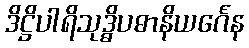
ဒိဋ္ဌိပါရိသုဒ္ဓိပဓာနိယင်္ဂေန